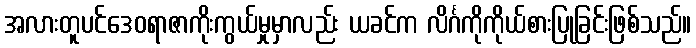
အလားတူပင်ဒေဝရာဇာကိုးကွယ်မှုမှာလည်း ယခင်က လိင်္ဂကိုကိုယ်စားပြုခြင်းဖြစ်သည်။